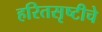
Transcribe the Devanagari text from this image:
हरितसृष्टीचे